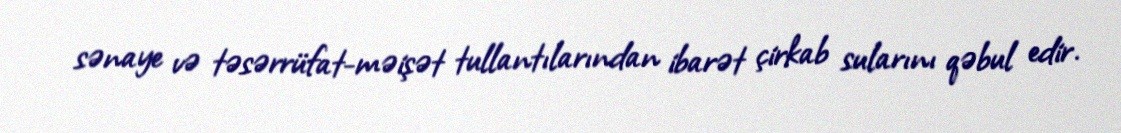
sənaye və təsərrüfat-məişət tullantılarından ibarət çirkab sularını qəbul edir.